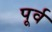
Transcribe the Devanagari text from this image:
पूर्व